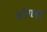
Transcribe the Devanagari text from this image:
जौगदा